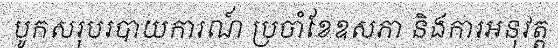
បូកសរុបរបាយការណ៍ ប្រចាំខែឧសភា និងការអនុវត្ត